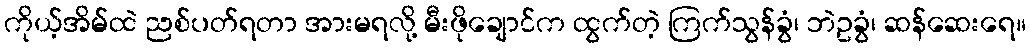
ကိုယ့်အိမ်ထဲ ညစ်ပတ်ရတာ အားမရလို့ မီးဖိုချောင်က ထွက်တဲ့ ကြက်သွန်ခွံ၊ ဘဲဥခွံ၊ ဆန်ဆေးရေ။